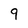
Character: 9